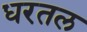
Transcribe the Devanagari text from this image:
धरतल